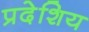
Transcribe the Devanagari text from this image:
प्रदेशिय